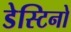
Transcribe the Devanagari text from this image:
डेस्टिनो